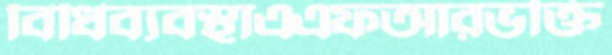
বিধিব্যবস্থাএএফআরভক্তি